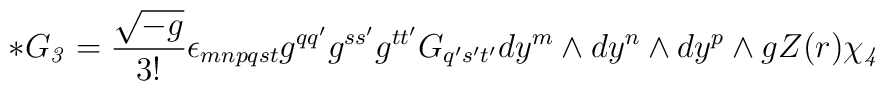
*G_{\it3} = \frac{\sqrt{-g}}{3!} \epsilon_{mnpqst} g^{qq'}g^{ss'}g^{tt'}G_{q's't'} dy^m\wedge dy^n\wedge dy^p\wedge gZ(r)\chi_{\it4} \